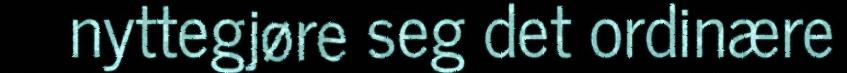
nyttegjøre seg det ordinære